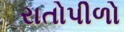
રાતોપીળો